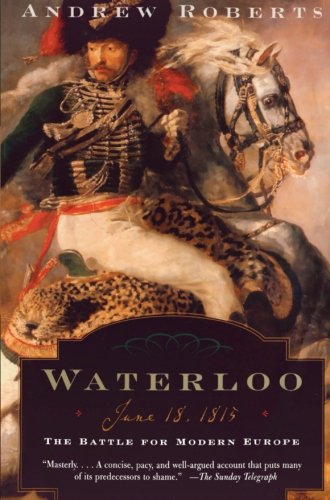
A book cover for Waterloo: June 18, 1815: The Battle for Modern Europe (Making History); Andrew Roberts; History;